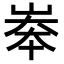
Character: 𡘶